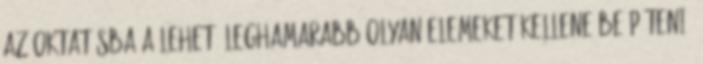
Az oktatásba a lehető leghamarabb olyan elemeket kellene beépíteni,